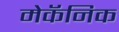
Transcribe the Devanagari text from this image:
मेकॅनिक